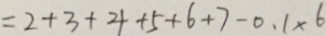
= 2 + 3 + 4 + 5 + 6 + 7 - 0 . 1 \times 6